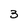
Character: 3